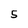
Character: 5